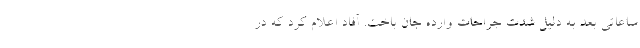
ساعاتی بعد به دلیل شدت جراحات وارده جان باخت. آفاد اعلام کرد که در